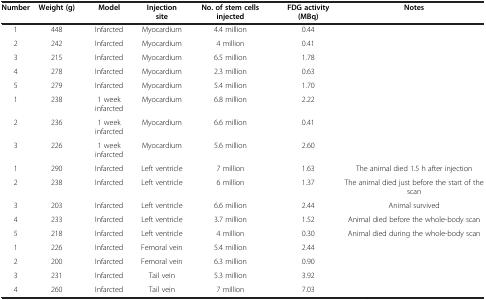
<table><thead><tr><td><b>Number</b></td><td><b>Weight (g)</b></td><td><b>Model</b></td><td><b>Injection site</b></td><td><b>No. of stem cells injected</b></td><td><b>FDG activity (MBq)</b></td><td><b>Notes</b></td></tr></thead><tbody><tr><td>1</td><td>448</td><td>Infarcted</td><td>Myocardium</td><td>4.4 million</td><td>0.44</td><td> </td></tr><tr><td>2</td><td>242</td><td>Infarcted</td><td>Myocardium</td><td>4 million</td><td>0.41</td><td> </td></tr><tr><td>3</td><td>215</td><td>Infarcted</td><td>Myocardium</td><td>6.5 million</td><td>1.78</td><td> </td></tr><tr><td>4</td><td>278</td><td>Infarcted</td><td>Myocardium</td><td>2.3 million</td><td>0.63</td><td> </td></tr><tr><td>5</td><td>279</td><td>Infarcted</td><td>Myocardium</td><td>5.4 million</td><td>1.70</td><td> </td></tr><tr><td>1</td><td>238</td><td>1 week infarcted</td><td>Myocardium</td><td>6.8 million</td><td>2.22</td><td> </td></tr><tr><td>2</td><td>236</td><td>1 week infarcted</td><td>Myocardium</td><td>6.6 million</td><td>0.41</td><td> </td></tr><tr><td>3</td><td>226</td><td>1 week infarcted</td><td>Myocardium</td><td>5.6 million</td><td>2.60</td><td> </td></tr><tr><td>1</td><td>290</td><td>Infarcted</td><td>Left ventricle</td><td>7 million</td><td>1.63</td><td>The animal died 1.5 h after injection</td></tr><tr><td>2</td><td>238</td><td>Infarcted</td><td>Left ventricle</td><td>6 million</td><td>1.37</td><td>The animal died just before the start of the scan</td></tr><tr><td>3</td><td>203</td><td>Infarcted</td><td>Left ventricle</td><td>6.6 million</td><td>2.44</td><td>Animal survived</td></tr><tr><td>4</td><td>233</td><td>Infarcted</td><td>Left ventricle</td><td>3.7 million</td><td>1.52</td><td>Animal died before the whole-body scan</td></tr><tr><td>5</td><td>218</td><td>Infarcted</td><td>Left ventricle</td><td>4 million</td><td>0.30</td><td>Animal died during the whole-body scan</td></tr><tr><td>1</td><td>226</td><td>Infarcted</td><td>Femoral vein</td><td>5.4 million</td><td>2.44</td><td> </td></tr><tr><td>2</td><td>200</td><td>Infarcted</td><td>Femoral vein</td><td>6.3 million</td><td>0.90</td><td> </td></tr><tr><td>3</td><td>231</td><td>Infarcted</td><td>Tail vein</td><td>5.3 million</td><td>3.92</td><td> </td></tr><tr><td>4</td><td>260</td><td>Infarcted</td><td>Tail vein</td><td>7 million</td><td>7.03</td><td> </td></tr></tbody></table>